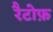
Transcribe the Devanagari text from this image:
रैटोफ़